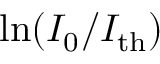
\ln ( I _ { 0 } / I _ { \mathrm { t h } } )